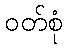
ဝတ်စုံ